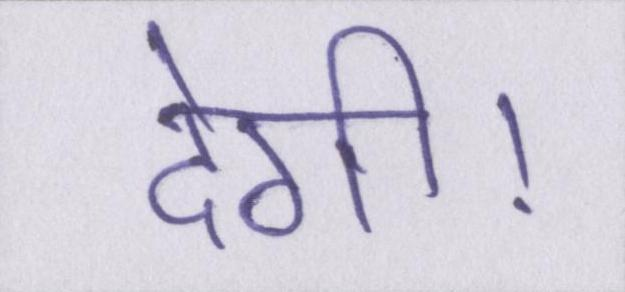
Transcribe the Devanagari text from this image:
देगी।